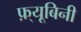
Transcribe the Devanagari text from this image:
फ़्यूबिनी